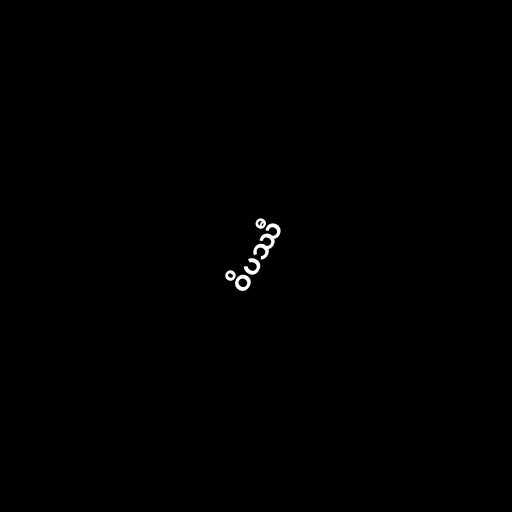
ဝိပဿီ